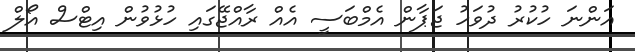
އަންނަ ހުކުުރު ދުވަހު ޖަޕާން އެމްބަސީ އެއް ރާއްޖޭގައި ހުޅުވުން އިޓްސް އޯލް